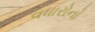
વધારોનો